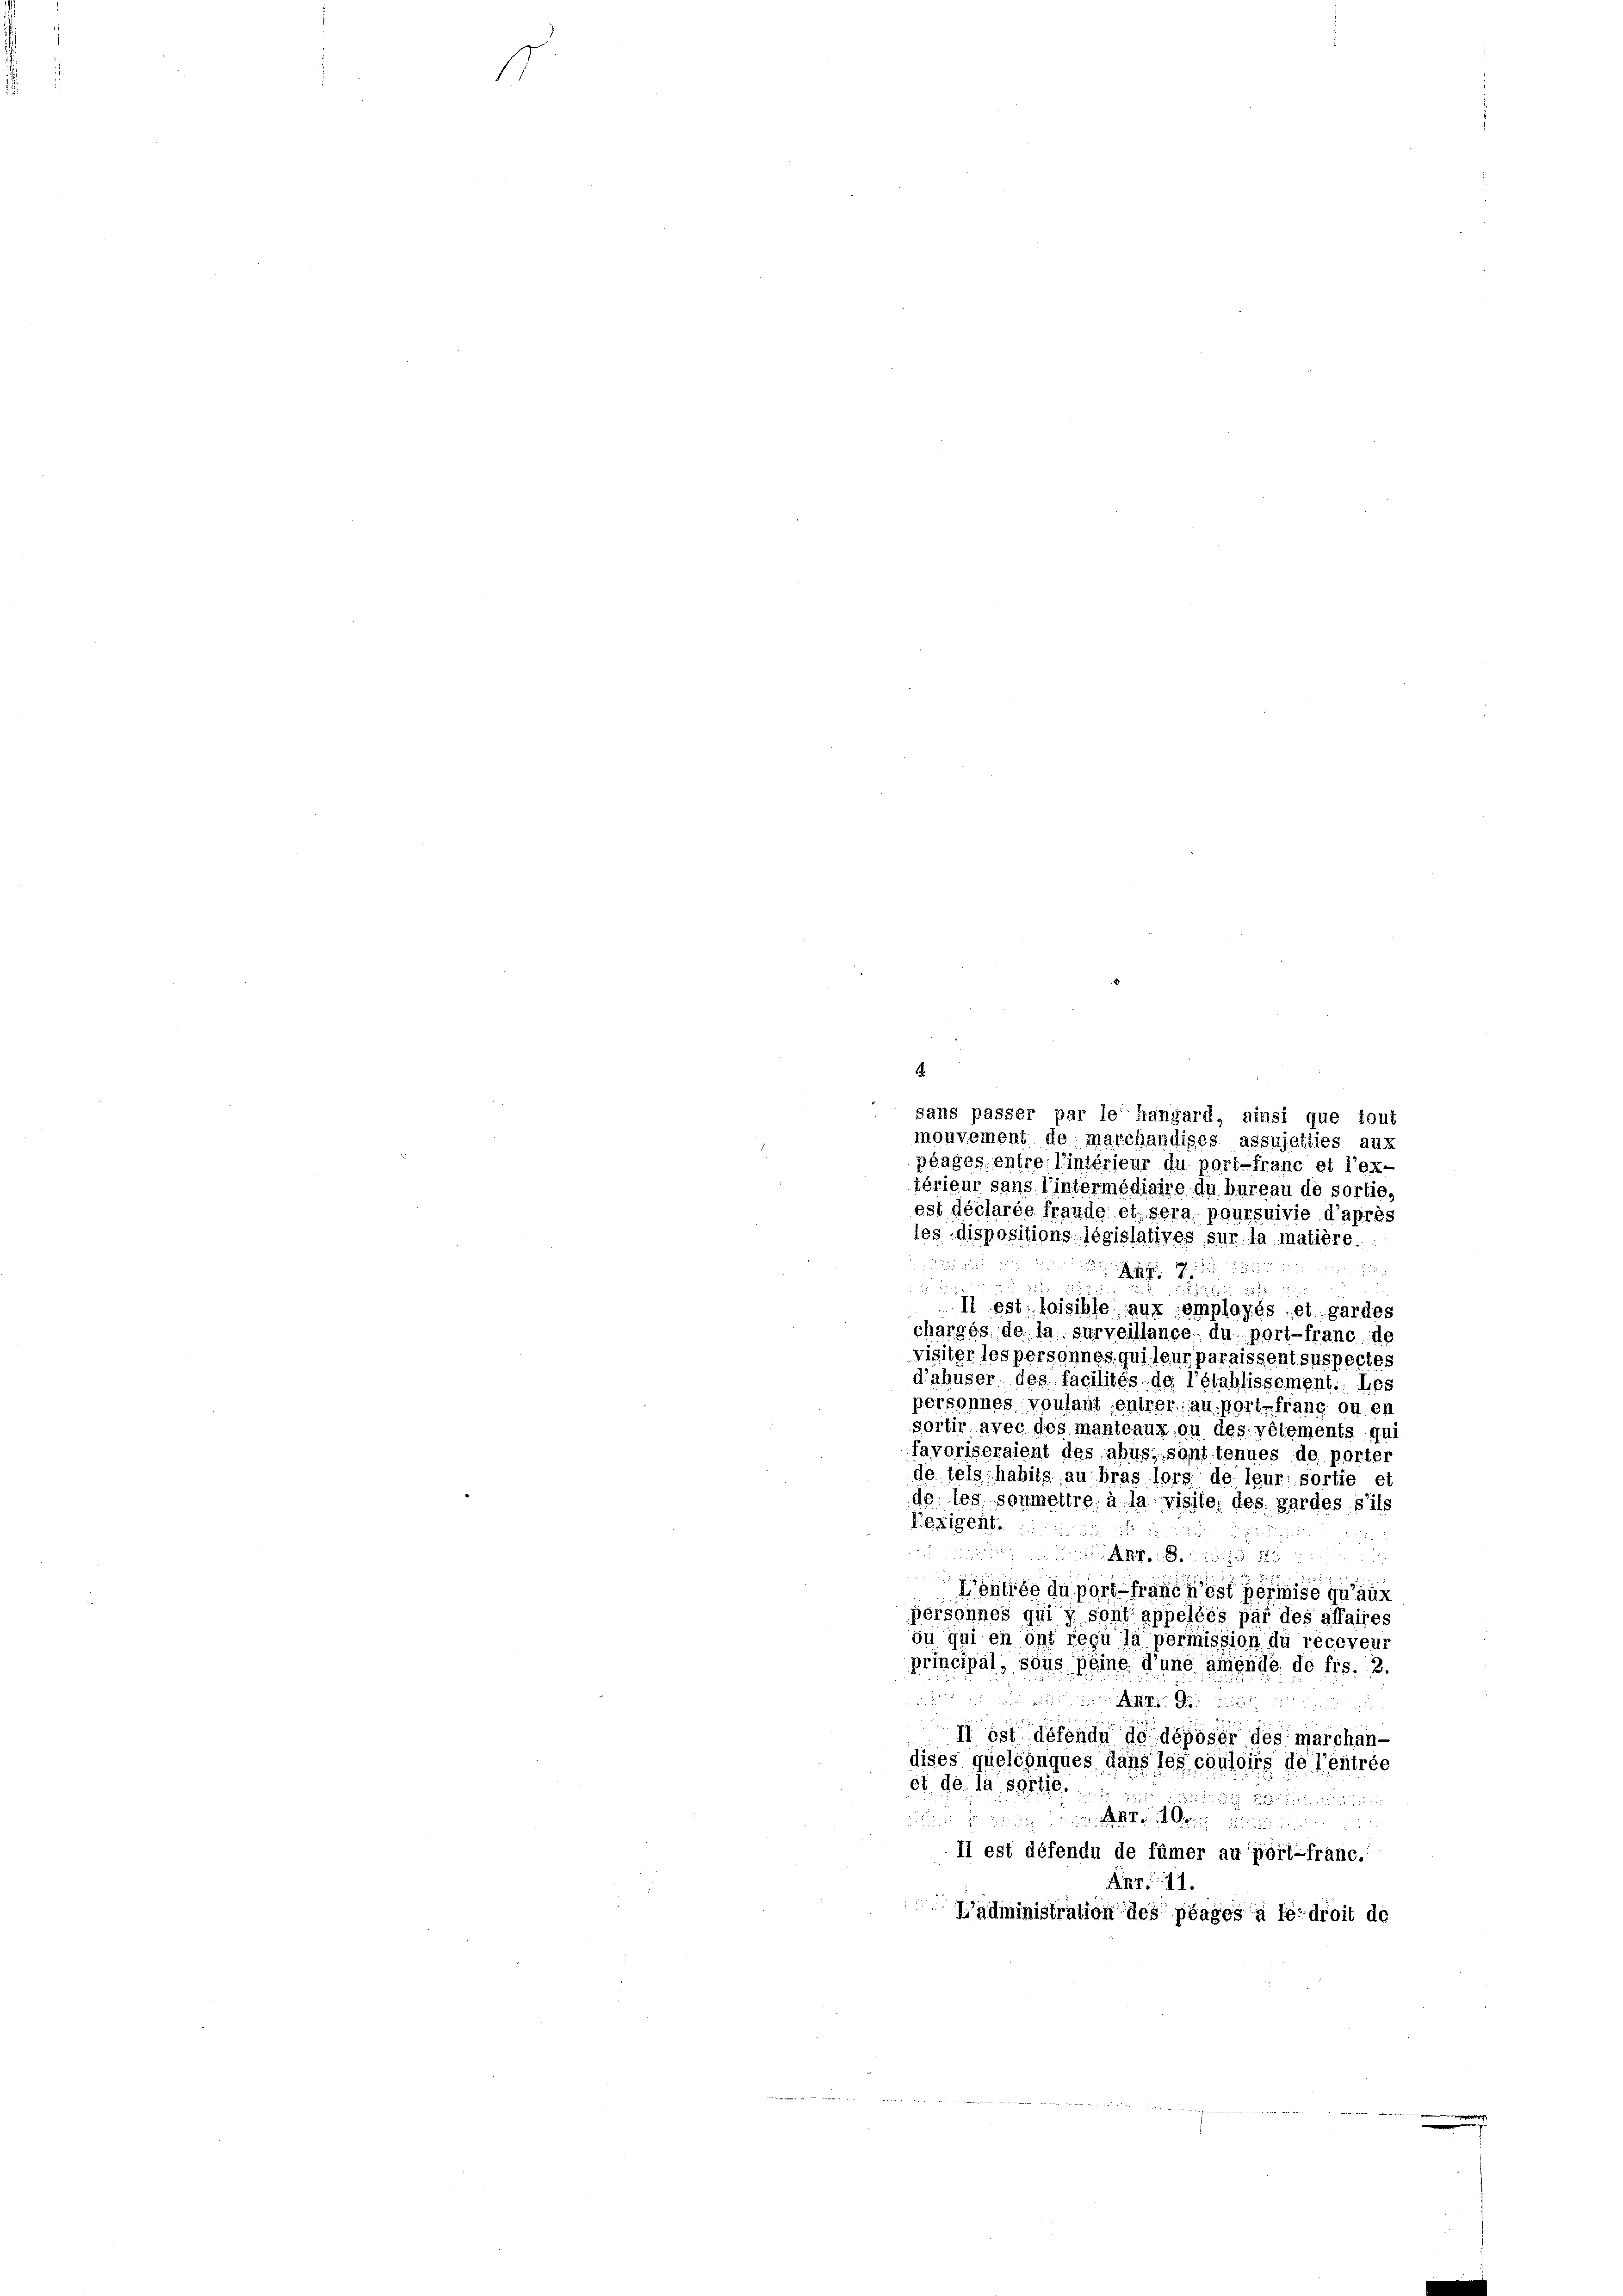
.

¬
sans passer par le hangard, ainsi que tout
mouvement de marchändiges assujetties aux
plages entre l’intérieur du port-franc et l’ex-
térieur sans l’intermédiaire du bureau de sortie,
est déclarée fraude et sera poursuivie d’après
les dispositions législatives sur la matière
 d

 a
 282
II est loisible aux employés et gardes
chargés de la surveillance du port-franc, de
visiter les personnes qui leur paraissent suspectes
d’abuser des facilités de l’établissement. Les
personnes voulant entrer au port-franc ou en
sortir avec des manteaux ou des vêtements qui
favoriseraient des abus, sont tenues de porte,
de tels habits au bras lors de leur sortie et
de les soumettre à la visite, des gardes s’ils
Bexigent
 wie in so wird

Léntrée du port franc n’est permise qu’aut
personnes qui y sont appeléés par des affaires
ou qui en ont reçu la permission du receveur
principal, sous peine d’une amende de frs. 2.
het in der ritt in der Zeit eine ein
u
II est défendu de déposer des marchan-
dises quelconques dans les couloirs de l’entrée
et de la sortig.

i  einen mit den einigen ein
Il est défendu de fümer au port-franc.
Anr. 11.
administration des plages à le droit de